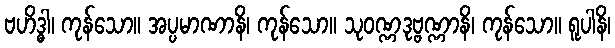
ဗဟိဒ္ဓါ၊ ကုန်သော။ အပ္ပမာဏာနိ၊ ကုန်သော။ သုဝဏ္ဏဒုဗ္ဗဏ္ဏာနိ၊ ကုန်သော။ ရူပါနိ၊